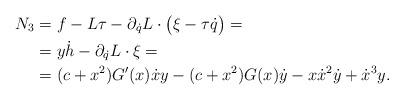
LaTeX: \begin{align*} N_3={}&f-L\tau -\partial_{\dot q}L\cdot\bigl(\xi-\tau \dot q\bigr)=\\ ={}&y\dot h-\partial_{\dot q}L\cdot\xi=\\ ={}&(c+x^2)G'(x)\dot xy-(c+x^2) G(x)\dot y-x \dot x^2 \dot y+\dot x^3 y. \end{align*}